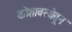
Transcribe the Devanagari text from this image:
कोशावस्थेतून